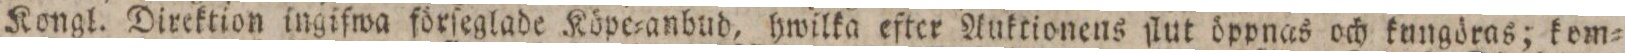
Kongl. Direktion ingifwa förſeglade Köpe=anbud, hwilka efter Auktionens ſlut öppnas och kungdras; kom=